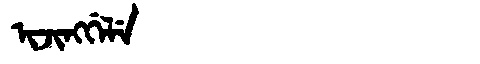
Manchu: ᡳᠵᡳᠩᡤᡝᠯᡝ
Romanization: IJINGGELE